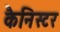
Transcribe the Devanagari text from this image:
कैनिस्टर